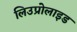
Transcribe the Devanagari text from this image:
लिउप्रोलाइड